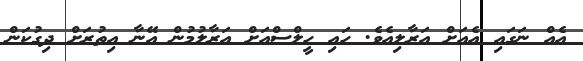
އެއް ނަގައި އެއަށް އަރާލިއެވެ. ހައި ހީލްސްއަށް އަރާލުމުން އޭނާ އިތުރަށް ދިގުކަން